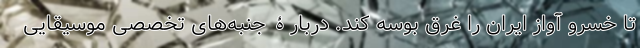
تا خسرو آواز ایران را غرق بوسه کند. دربارۀ جنبه‌های تخصصی موسیقایی